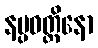
နပ္ပဝတ္တိနော